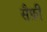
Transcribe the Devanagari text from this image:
सैफ़ी